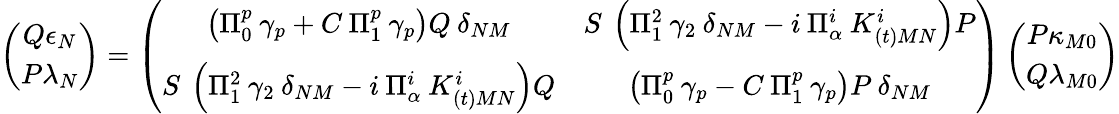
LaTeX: \left(\begin{array}{c}{{Q\epsilon_{N}}}\\ {{P\lambda_{N}}}\end{array}\right)=\left(\begin{array}{cc}{{\left(\Pi_{0}^{p}\: \gamma_{p}+C\: \Pi_{1}^{p}\: \gamma_{p}\right)Q\: \delta_{NM}}}&{{S\: \left(\Pi_{1}^{2}\: \gamma_{2}\: \delta_{NM}-i\: \Pi_{\alpha}^{i}\: K_{(t)MN}^{i}\right)P}}\\ {{S\: \left(\Pi_{1}^{2}\: \gamma_{2}\: \delta_{NM}-i\: \Pi_{\alpha}^{i}\: K_{(t)MN}^{i}\right)Q}}&{{\left(\Pi_{0}^{p}\: \gamma_{p}-C\: \Pi_{1}^{p}\: \gamma_{p}\right)P\: \delta_{NM}}}\end{array}\right)\left(\begin{array}{c}{{P\kappa_{M0}}}\\ {{Q\lambda_{M0}}}\end{array}\right)